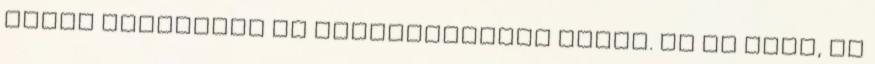
előre sajnállak te szerencsétlen hülye. Na ne mond, ha